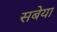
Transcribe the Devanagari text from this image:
सबेया